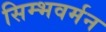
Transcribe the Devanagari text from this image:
सिम्भवर्मन